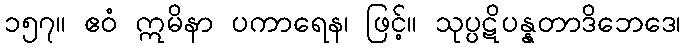
၁၅၇။ ဧဝံ ဣမိနာ ပကာရေန၊ ဖြင့်။ သုပ္ပဋိပန္နတာဒိဘေဒေ၊